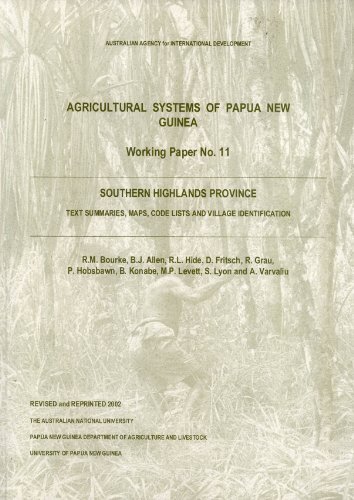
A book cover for Southern Highlands Province: Text Summaries, Maps, Code Lists and Village Identification (Agricultural Systems of Papua New Guinea Working Paper, 11); R. M. Bourke; Travel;